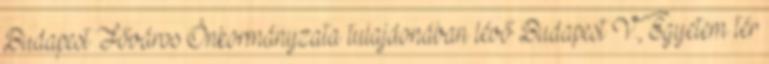
Budapest Főváros Önkormányzata tulajdonában lévő Budapest V., Egyetem tér